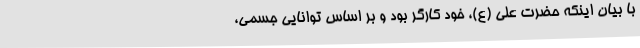
با بیان اینکه حضرت علی (ع)، خود کارگر بود و بر اساس توانایی جسمی،